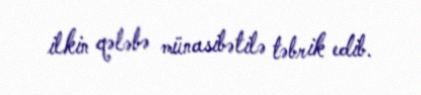
ilkin qələbə münasibətilə təbrik edib.